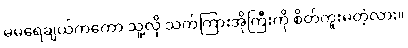
မမရေချယ်ကကော သူ့လို သက်ကြားအိုကြီးကို စိတ်ကူးမတဲ့လား။